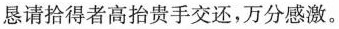
恳请拾得者高抬贵手交还，万分感激。